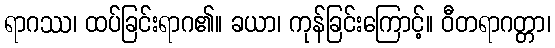
ရာဂဿ၊ ထပ်ခြင်းရာဂ၏။ ခယာ၊ ကုန်ခြင်းကြောင့်။ ဝီတရာဂတ္တာ၊